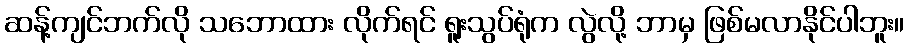
ဆန့်ကျင်ဘက်လို သဘောထား လိုက်ရင် ရူးသွပ်ရုံက လွဲလို့ ဘာမှ ဖြစ်မလာနိုင်ပါဘူး။